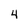
Character: 4